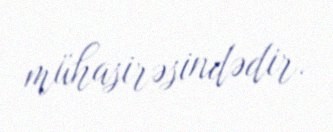
mühasirəsindədir.